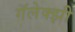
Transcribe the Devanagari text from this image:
गॅलेक्झी